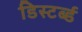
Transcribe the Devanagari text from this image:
डिस्टर्ब्ड